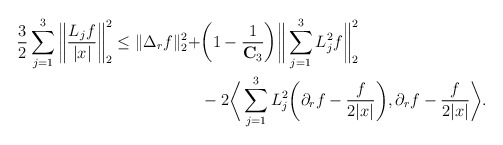
\begin{align*}\frac{3}{2} \sum_{j=1}^3 \bigg\| \frac{L_jf}{|x|} \bigg\|_{2}^2 \leq \|\Delta_r f \|_{2}^2 + & \bigg(1 - \frac{1}{\mathbf{C}_3}\bigg) \bigg\| \sum_{j=1}^3 L_j^2f \bigg\|_{2}^2 \\& - 2\bigg\langle \sum_{j=1}^3 L_j^2 \bigg(\partial_r f - \frac{f}{2|x|} \bigg), \partial_r f - \frac{f}{2|x|} \bigg\rangle. \end{align*}